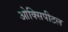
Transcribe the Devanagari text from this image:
ओक्सिपीटल